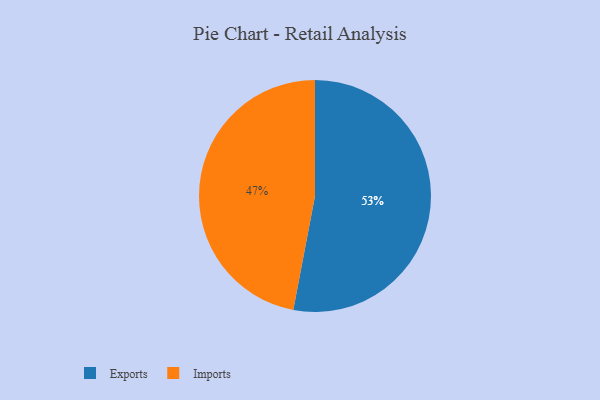
{"axis": {"x": "Category", "y": "Percentage"}, "legend": ["Exports", "Imports"], "data": [{"x": "Exports", "y": 53, "type": "Exports"}, {"x": "Imports", "y": 47, "type": "Imports"}]}